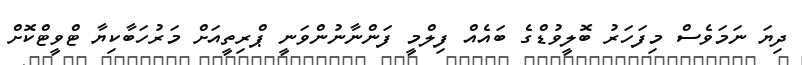
ދިޔަ ނަމަވެސް މިފަހަރު ބޮލީވުޑްގެ ބައެއް ފިލްމީ ފަންނާނުންވަނީ ޕްރިތީއަށް މަރުހަބާކިޔާ ޓްވީޓްކޮށް